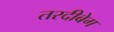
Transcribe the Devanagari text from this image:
तरदीबेग